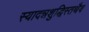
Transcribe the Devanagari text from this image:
स्यादन्नशुद्धिस्तथैव